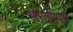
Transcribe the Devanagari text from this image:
भारतीयपण